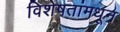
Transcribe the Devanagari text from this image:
विशेषतांमधून